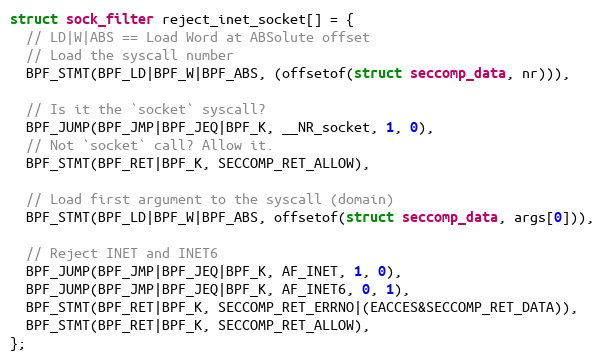
Language: C
struct sock_filter reject_inet_socket[] = {
  // LD|W|ABS == Load Word at ABSolute offset
  // Load the syscall number
  BPF_STMT(BPF_LD|BPF_W|BPF_ABS, (offsetof(struct seccomp_data, nr))),

  // Is it the `socket` syscall?
  BPF_JUMP(BPF_JMP|BPF_JEQ|BPF_K, __NR_socket, 1, 0),
  // Not `socket` call? Allow it.
  BPF_STMT(BPF_RET|BPF_K, SECCOMP_RET_ALLOW),

  // Load first argument to the syscall (domain)
  BPF_STMT(BPF_LD|BPF_W|BPF_ABS, offsetof(struct seccomp_data, args[0])),

  // Reject INET and INET6
  BPF_JUMP(BPF_JMP|BPF_JEQ|BPF_K, AF_INET, 1, 0),
  BPF_JUMP(BPF_JMP|BPF_JEQ|BPF_K, AF_INET6, 0, 1),
  BPF_STMT(BPF_RET|BPF_K, SECCOMP_RET_ERRNO|(EACCES&SECCOMP_RET_DATA)),
  BPF_STMT(BPF_RET|BPF_K, SECCOMP_RET_ALLOW),
};